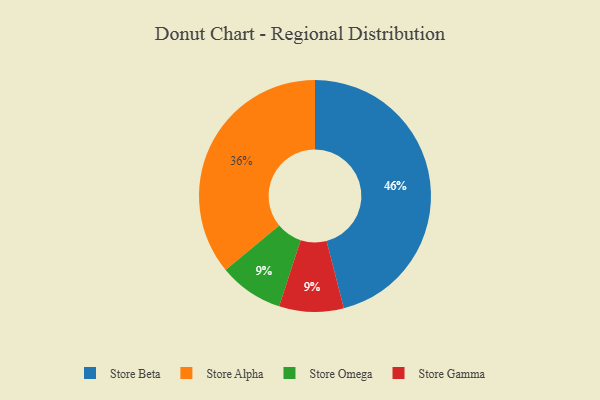
{"axis": {"x": "Category", "y": "Percentage"}, "legend": ["Store Alpha", "Store Beta", "Store Gamma", "Store Omega"], "data": [{"x": "Store Omega", "y": 9, "type": "Store Omega"}, {"x": "Store Gamma", "y": 9, "type": "Store Gamma"}, {"x": "Store Beta", "y": 46, "type": "Store Beta"}, {"x": "Store Alpha", "y": 36, "type": "Store Alpha"}]}